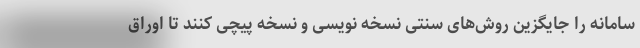
سامانه را جایگزین روش‌های سنتی نسخه نویسی و نسخه پیچی کنند تا اوراق